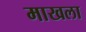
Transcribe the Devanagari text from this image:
माखला